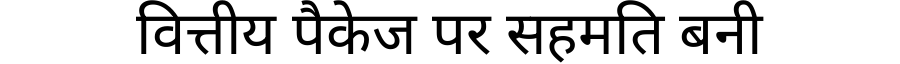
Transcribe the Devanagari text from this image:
वित्तीय पैकेज पर सहमति बनी